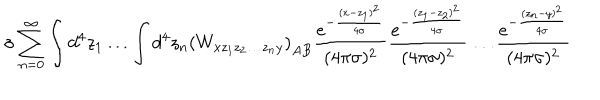
\sigma \sum _ { n = 0 } ^ { \infty } \int d ^ { 4 } z _ { 1 } \dots \int d ^ { 4 } z _ { n } \left( W _ { x z _ { 1 } z _ { 2 } \dots z _ { n } y } \right) _ { A B } \frac { e ^ { - \frac { ( x - z _ { 1 } ) ^ { 2 } } { 4 \sigma } } } { ( 4 \pi \sigma ) ^ { 2 } } \frac { e ^ { - \frac { ( z _ { 1 } - z _ { 2 } ) ^ { 2 } } { 4 \sigma } } } { ( 4 \pi \sigma ) ^ { 2 } } \dots \frac { e ^ { - \frac { ( z _ { n } - y ) ^ { 2 } } { 4 \sigma } } } { ( 4 \pi \sigma ) ^ { 2 } }